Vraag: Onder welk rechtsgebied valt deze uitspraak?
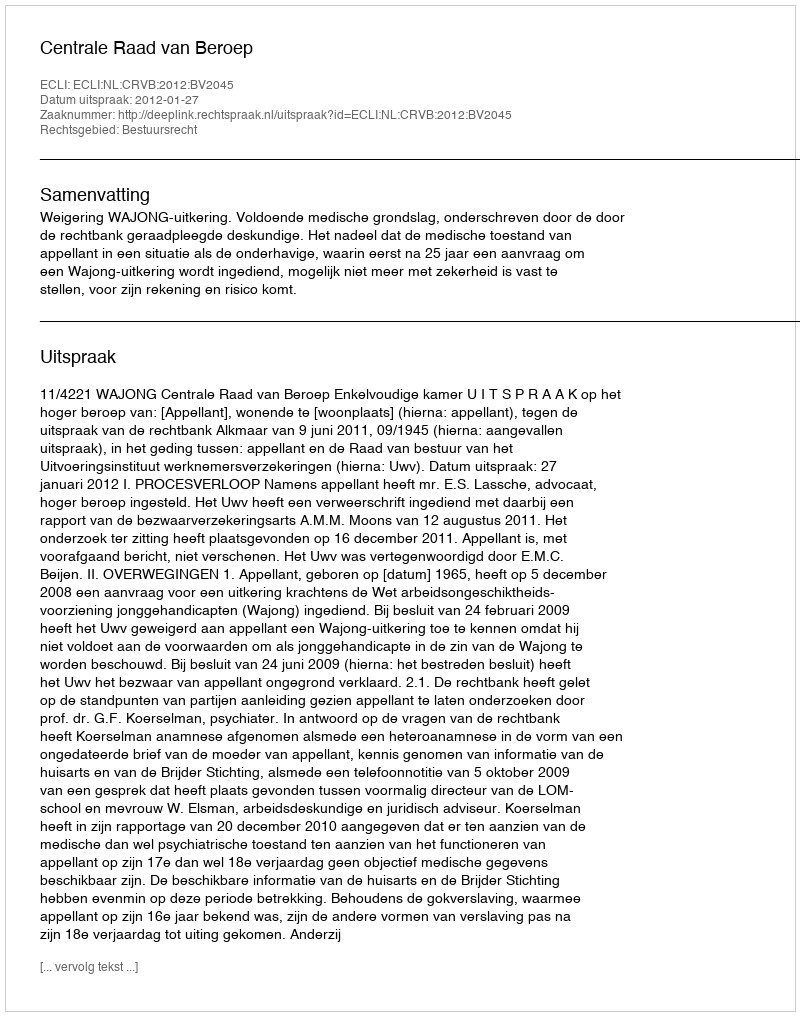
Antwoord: Bestuursrecht